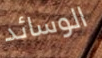
الوسائد